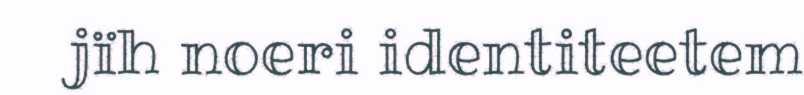
jïh noeri identiteetem